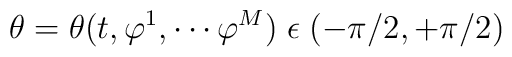
\theta=\theta(t,\varphi^{1}, \cdots \varphi^M) \; \epsilon \; (-\pi/2,+\pi/2)